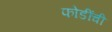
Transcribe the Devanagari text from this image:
फोडींची